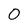
Character: 0